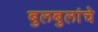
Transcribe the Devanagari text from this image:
बुलबुलांचे